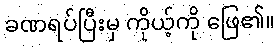
ခဏရပ်ပြီးမှ ကိုယ့်ကို ဖြေ၏။